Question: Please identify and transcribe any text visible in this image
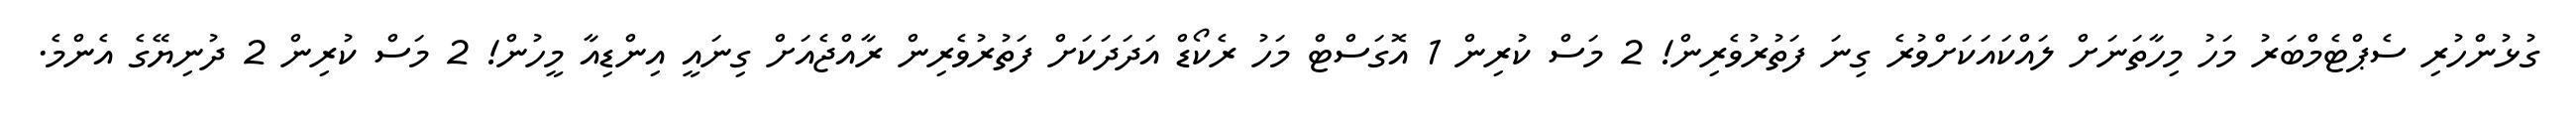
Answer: ގުޅުންހުރި ސެޕްޓެމްބަރު މަހު މިހާތަނަށް ލައްކައަކަށްވުރެ ގިނަ ފަތުރުވެރިން! 2 މަސް ކުރިން 1 އޮގަސްޓް މަހު ރެކޯޑް އަދަދަކަށް ފަތުރުވެރިން ރާއްޖެއަށް ގިނައީ އިންޑިއާ މީހުން! 2 މަސް ކުރިން 2 ދުނިޔޭގެ އެންމެ.